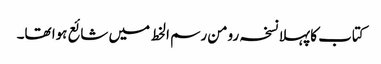
کتاب کا پہلا نسخہ رومن رسم الخط میں شائع ہوا تھا۔